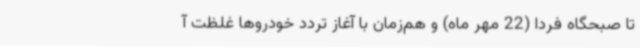
تا صبحگاه فردا (22 مهر ماه) و هم‌زمان با آغاز تردد خودروها غلظت آ